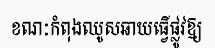
ខណៈកំពុងឈូសឆាយធ្វើផ្លូវឱ្យ